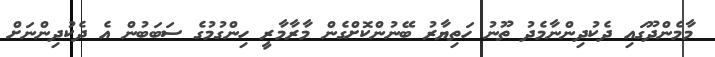
މާމެންދޫގައި ދެކުދިންނާމެދު ތޫނު ހަތިޔާރު ބޭނުންކޮށްގެން މާރާމާރީ ހިންގުމުގެ ސަބަބުން އެ ދެކުދިންނަށް